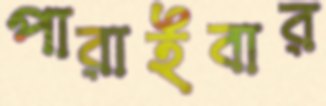
পারাইবার